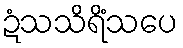
ဍံသသိရိံသပေ